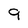
Character: 9